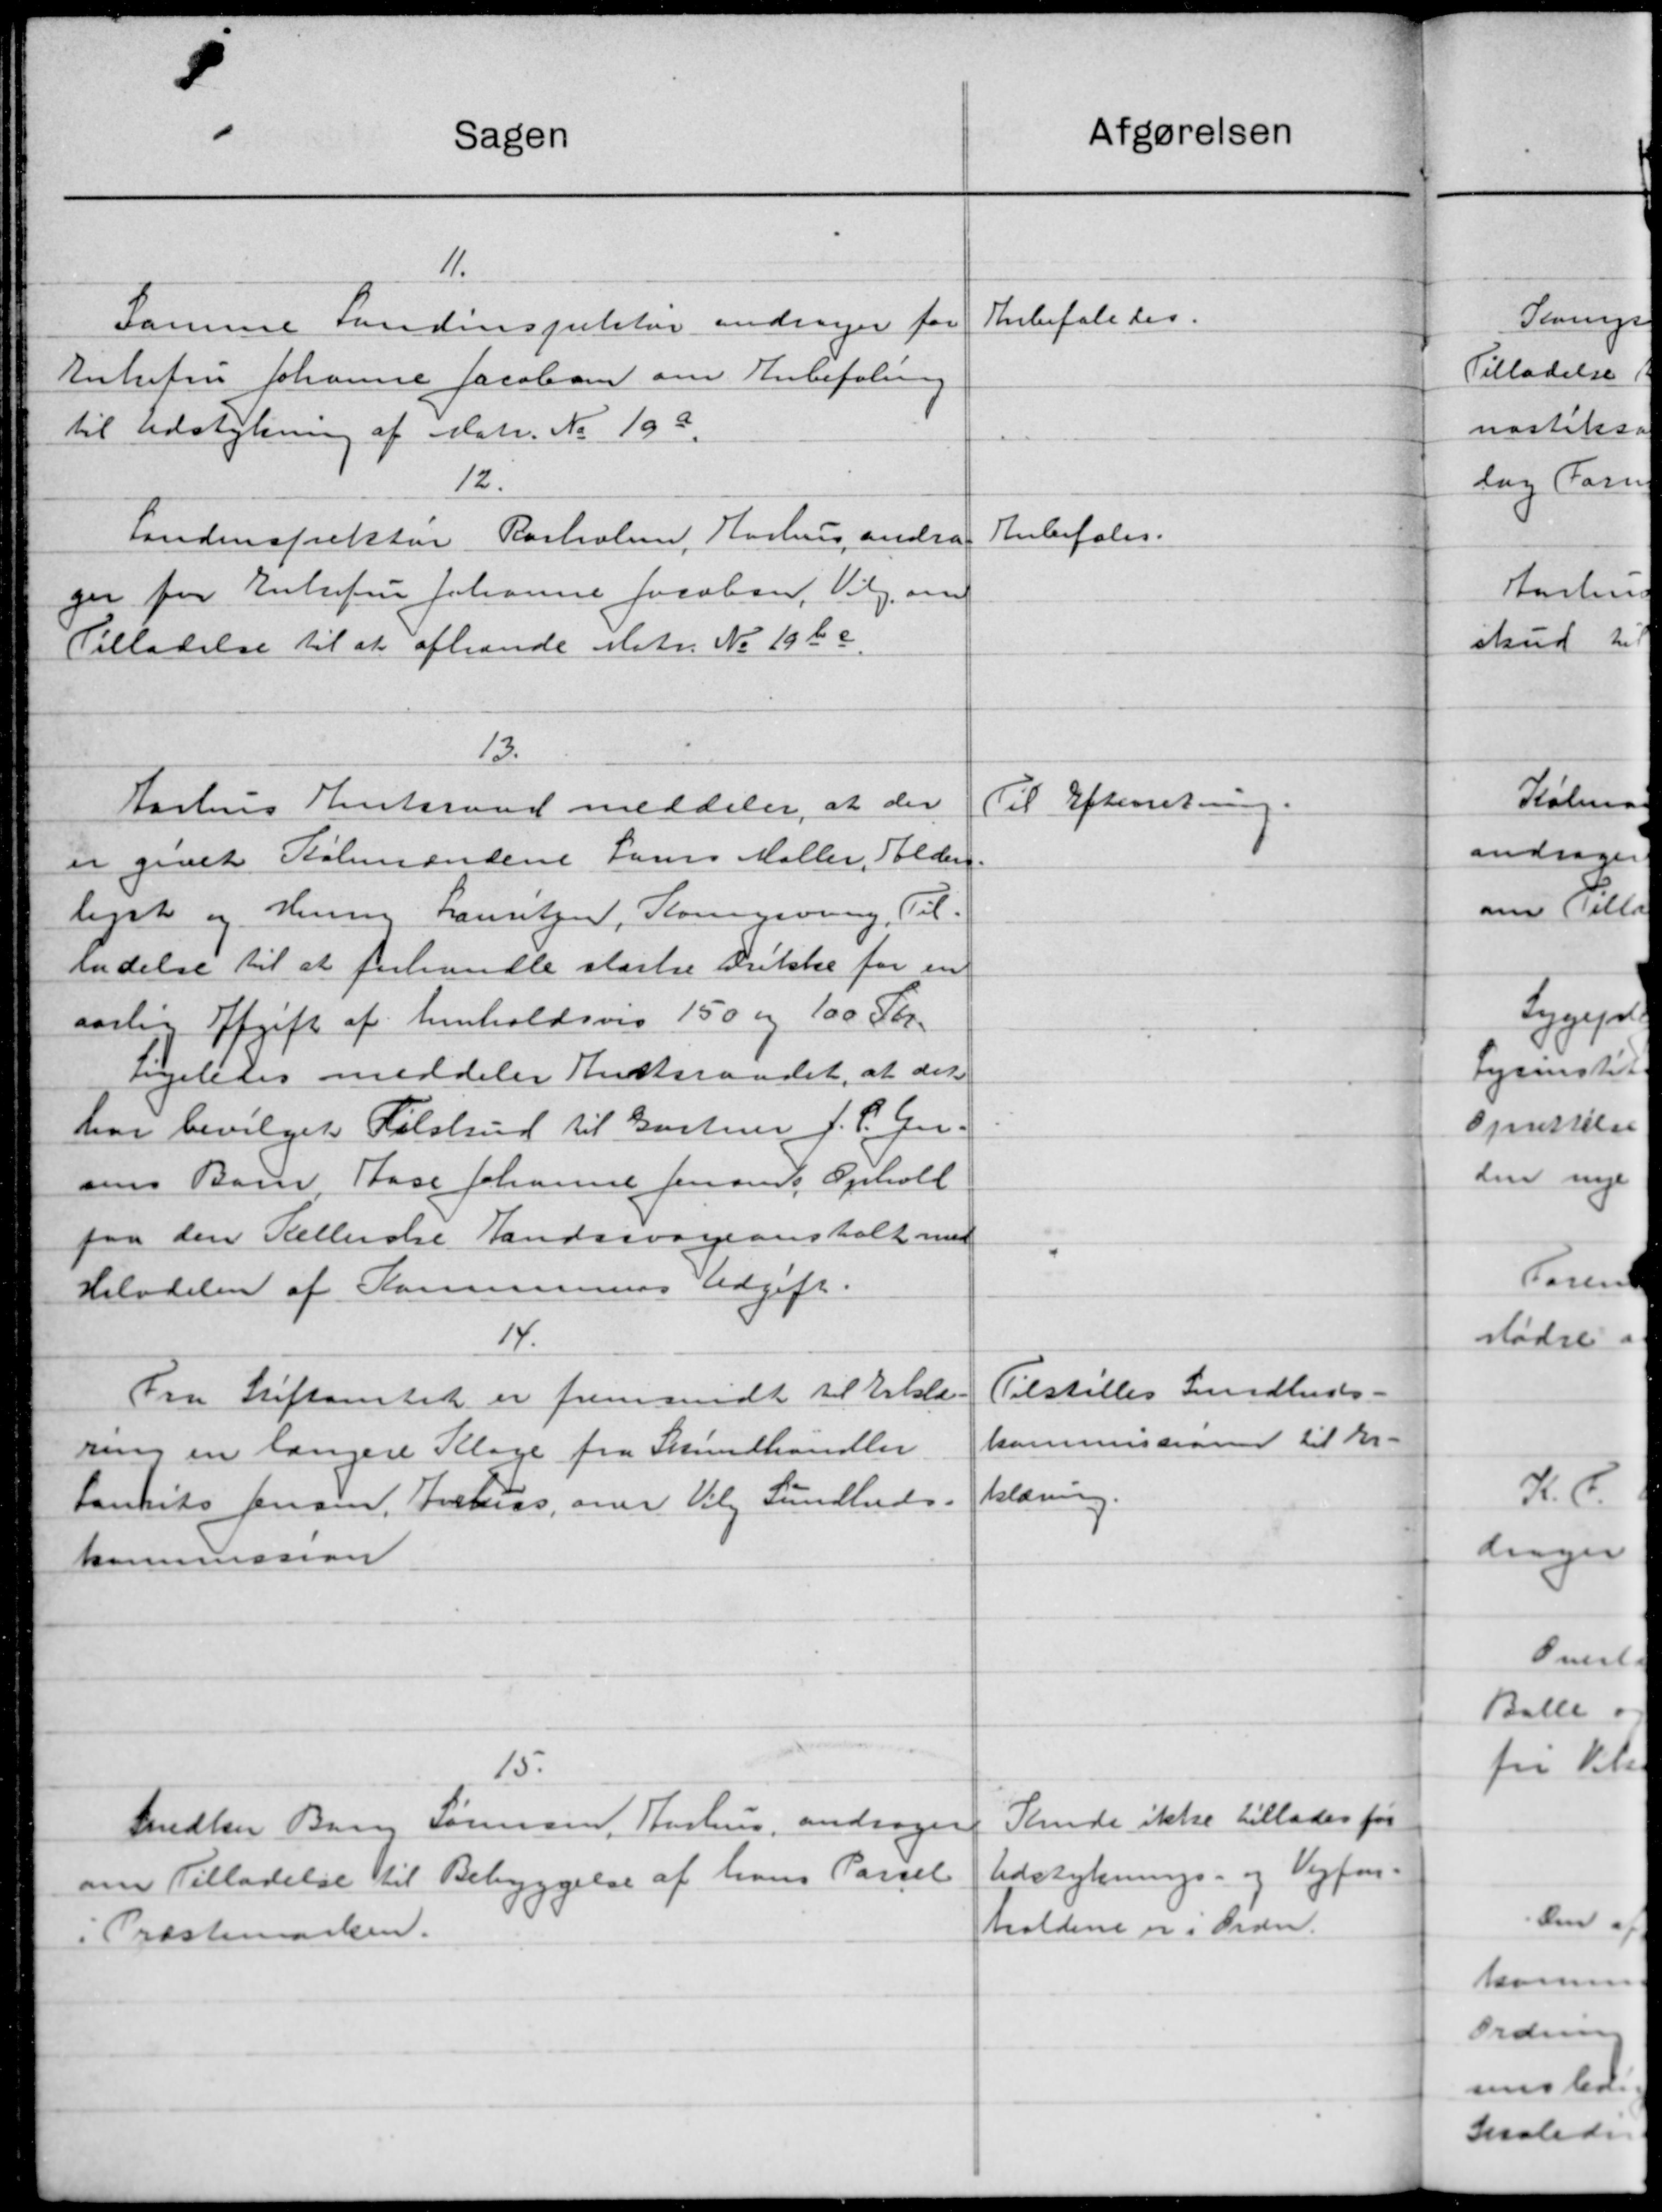
Transskription:
Sagen
11.
Samme Landinspektør andrager for
Enkefru Johanne Jacobsen om Anbefaling
2
til Udstykning af Matr. No. 105.
12.
Landinspekter Rasholm, Aarhus andrag
ger for Enkefru Johanne Jacobsen, Vilg. om
Tilladelse til at afhende Matr. No 1960.
13.
Aarhus Amtsraad meddeler, at der
er givet Købmændene Laus Møller, Alder
ligst og Hennig Lauritzen, Komgivning, Til-
indelse til at forhandle stærke Drikke for en
aarlig Afgift af henholdsvis 150 og 100 Kr.
ligeledes meddeler Amtsraadet, at det
har bevilget Tilskud til Gartner J. P. Ge-
sens Børn Shase Johanne Jensens Ophold
paa den Kellerske Landssvageanstalt med
Halvdelen af Kommunens Udgift.
14.
Fra Stiftamtet er fremsendt til Erklæ-
ring en langere Klage fra Sundhandler
Laurits Jensen, Forhos, over Vilg Sundheds.
kommission
15.
Snedker Bang Sørensen, Aarhus, andrager
om Tilladelse til Bebyggelse af hans Parsel
i Præstemarken.